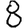
Digit: 8